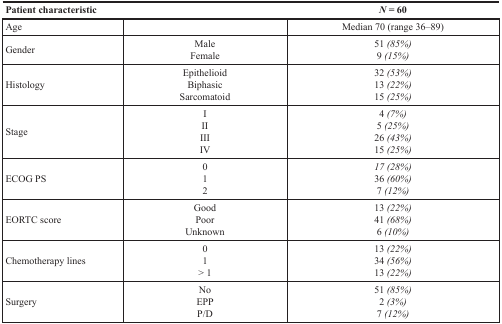
<table><thead><tr><td><b>Patient characteristic</b></td><td></td><td><b><i>N</i> = 60</b></td></tr></thead><tbody><tr><td>Age</td><td></td><td>Median 70 (range 36–89)</td></tr><tr><td>Gender</td><td>MaleFemale</td><td>51 <i>(85%)</i>9 <i>(15%)</i></td></tr><tr><td>Histology</td><td>EpithelioidBiphasicSarcomatoid</td><td>32 <i>(53%)</i>13 <i>(22%)</i>15 <i>(25%)</i></td></tr><tr><td>Stage</td><td>IIIIIIIV</td><td>4 <i>(7%)</i>5 <i>(25%)</i>26 <i>(43%)</i>15 <i>(25%)</i></td></tr><tr><td>ECOG PS</td><td>012</td><td><i>17 (28%)</i>36 <i>(60%)</i>7 <i>(12%)</i></td></tr><tr><td>EORTC score</td><td>GoodPoorUnknown</td><td>13 <i>(22%)</i>41 <i>(68%)</i>6 <i>(10%)</i></td></tr><tr><td>Chemotherapy lines</td><td>01&gt; 1</td><td>13 <i>(22%)</i>34 <i>(56%)</i>13 <i>(22%)</i></td></tr><tr><td>Surgery</td><td>NoEPPP/D</td><td>51 <i>(85%)</i>2 <i>(3%)</i>7 <i>(12%)</i></td></tr></tbody></table>